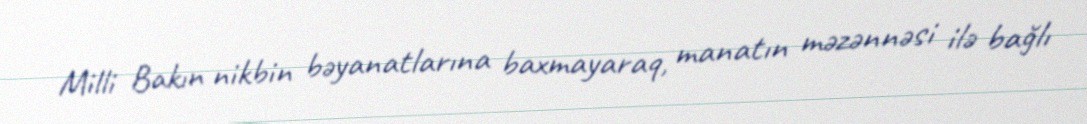
Milli Bakın nikbin bəyanatlarına baxmayaraq, manatın məzənnəsi ilə bağlı